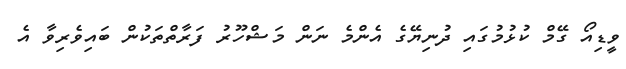
ވީޑިއޯ ގޭމް ކުޅުމުގައި ދުނިޔޭގެ އެންމެ ނަން މަޝްހޫރު ފަރާތްތަކުން ބައިވެރިވާ އެ